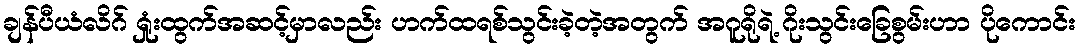
ချန်ပီယံလိဂ် ရှုံးထွက်အဆင့်မှာလည်း ဟက်ထရစ်သွင်းခဲ့တဲ့အတွက် အဂူရိုရဲ့ ဂိုးသွင်းခြေစွမ်းဟာ ပိုကောင်း